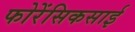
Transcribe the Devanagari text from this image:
फोरेंसिकसाई